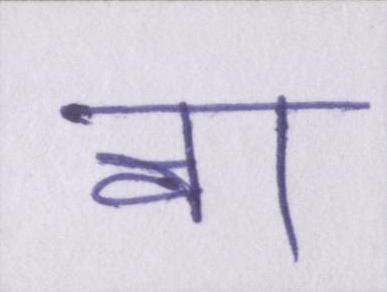
वा